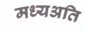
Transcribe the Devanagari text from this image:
मध्यअति